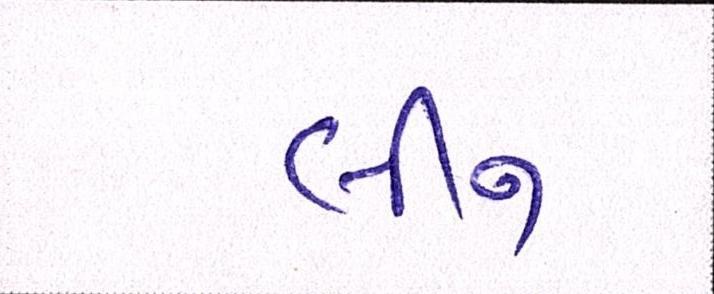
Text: લીન